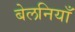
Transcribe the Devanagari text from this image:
बेलनियाँ